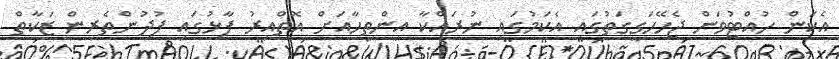
އެކަން ހުއްޓުވަން ޖެހޭހަގީގަތުގައި އެކަމުގައި ނުރައްކާ އިންތިހާއަށް އޮތްއިރު ފާޅުގައި ފުދުންތެރިން ޒަކާތް